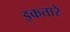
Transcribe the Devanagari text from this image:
इकतारे